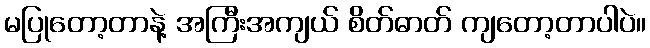
မပြုတော့တာနဲ့ အကြီးအကျယ် စိတ်ဓာတ် ကျတော့တာပါပဲ။